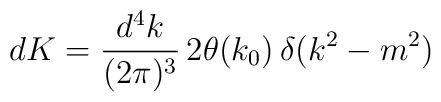
dK = \frac{d^{4}k}{(2\pi)^{3}}\,2\theta (k_{0})\,\delta(k^{2}-m^{2})